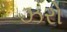
ઝરો